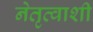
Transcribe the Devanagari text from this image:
नेतृत्वाशी